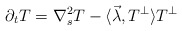
\begin{align*}\partial_{t}T= \nabla_{s}^{2} T -\langle\vec\lambda, T^{\perp}\rangle T^{\perp} \end{align*}